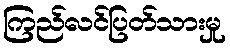
ကြည်လင်ပြတ်သားမှု